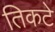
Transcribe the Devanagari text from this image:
तिकटे